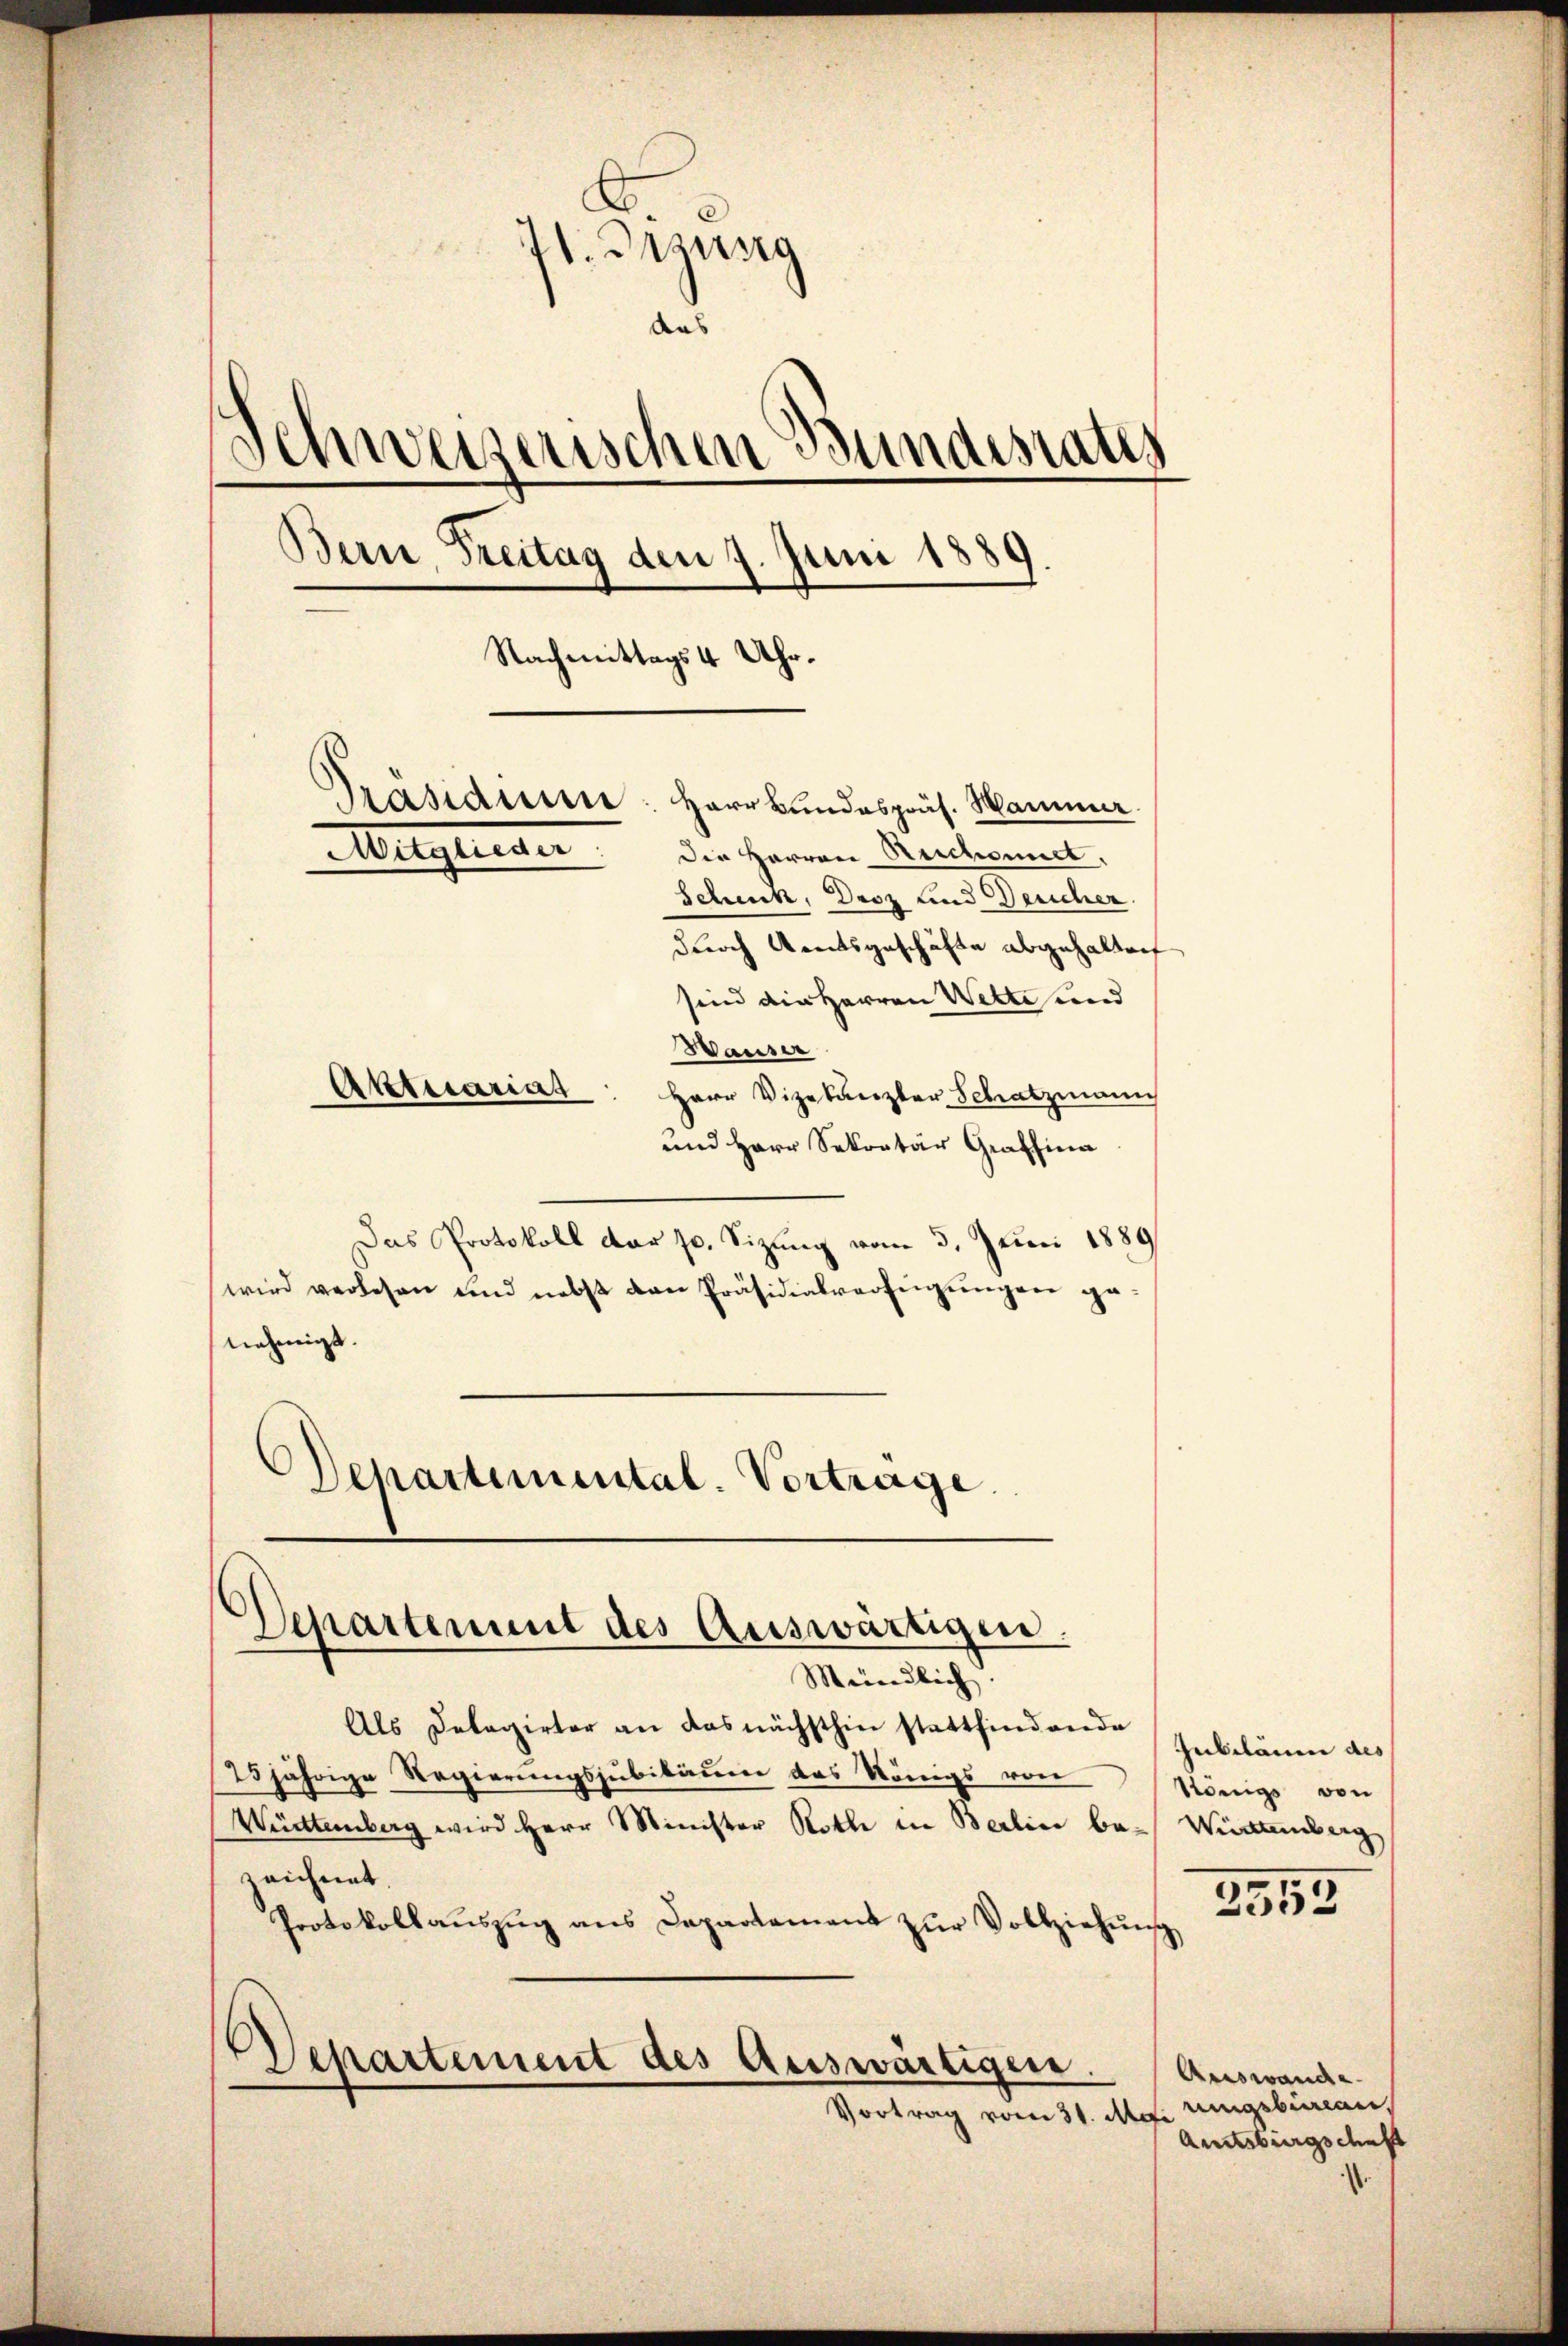
V. Gesung
das
Schweizerischen Bundesrats
Bern, Freitag den 7. Juni 1889.
.
Nachmittags 4 Uhr.
Präsidium
Herr Bundespräs. Mammer.
Mitglieder die Herren Reichnet.
Schenk, Droz und Deucher
durch Amtsgeschäfte abgehalten
sind die Herren Wette und
Wauser
Aktuariat
Herr Vizekanzler Schatzmann

und Herr Sekretär Graffina
Das Protokoll der 10. Sizung vom 3. Juni 1889
wird verlesen und nebst von Präsidialverfügungen genehmigt.
Separtemental-Vortrage.

Departement des Auswärtigen.

Meindlich.
Als Detagirter an das nächsthin stattfindenden Gubelänen des
25jährige Regierungsjubiläum das Königs von
Württemberg wird Herr Minister Roth in Berlin be- Württemberg
zeichnet.
Protokollaŭszŭg ans Departament zŭr Vollziehŭng
Departement des Auswärtiger.
Vortrag vom 31. Mai geblican

Königs von

2553

Auswanche
Amtsburgschaft
.